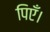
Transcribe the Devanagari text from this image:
पिएँ।